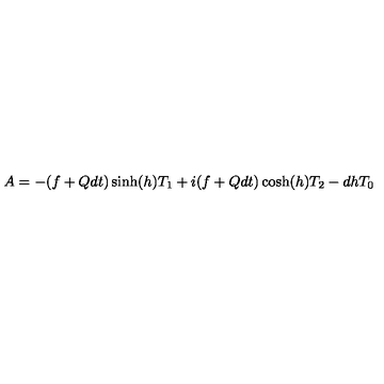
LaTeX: A = - ( f + Q d t ) \sinh ( h ) T _ { 1 } + i ( f + Q d t ) \cosh ( h ) T _ { 2 } - d h T _ { 0 }